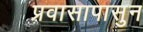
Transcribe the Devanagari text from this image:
प्रवासापासुन